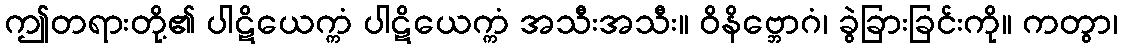
ဤတရားတို့၏ ပါဋိယေက္ကံ ပါဋိယေက္ကံ အသီးအသီး။ ဝိနိဗ္ဘောဂံ၊ ခွဲခြားခြင်းကို။ ကတွာ၊